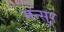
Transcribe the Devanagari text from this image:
मन्सुर